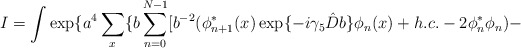
\begin{align*}I= \int \exp \{a^4 \sum_x \{b \sum_{n=0}^{N-1} [b^{-2}( \phi^*_{n+1}(x) \exp \{-i \gamma_5 \hat{D}b \} \phi_n(x)+ h.c.-2 \phi^*_n \phi_n) -\end{align*}